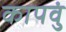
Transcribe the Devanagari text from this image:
कापवुं